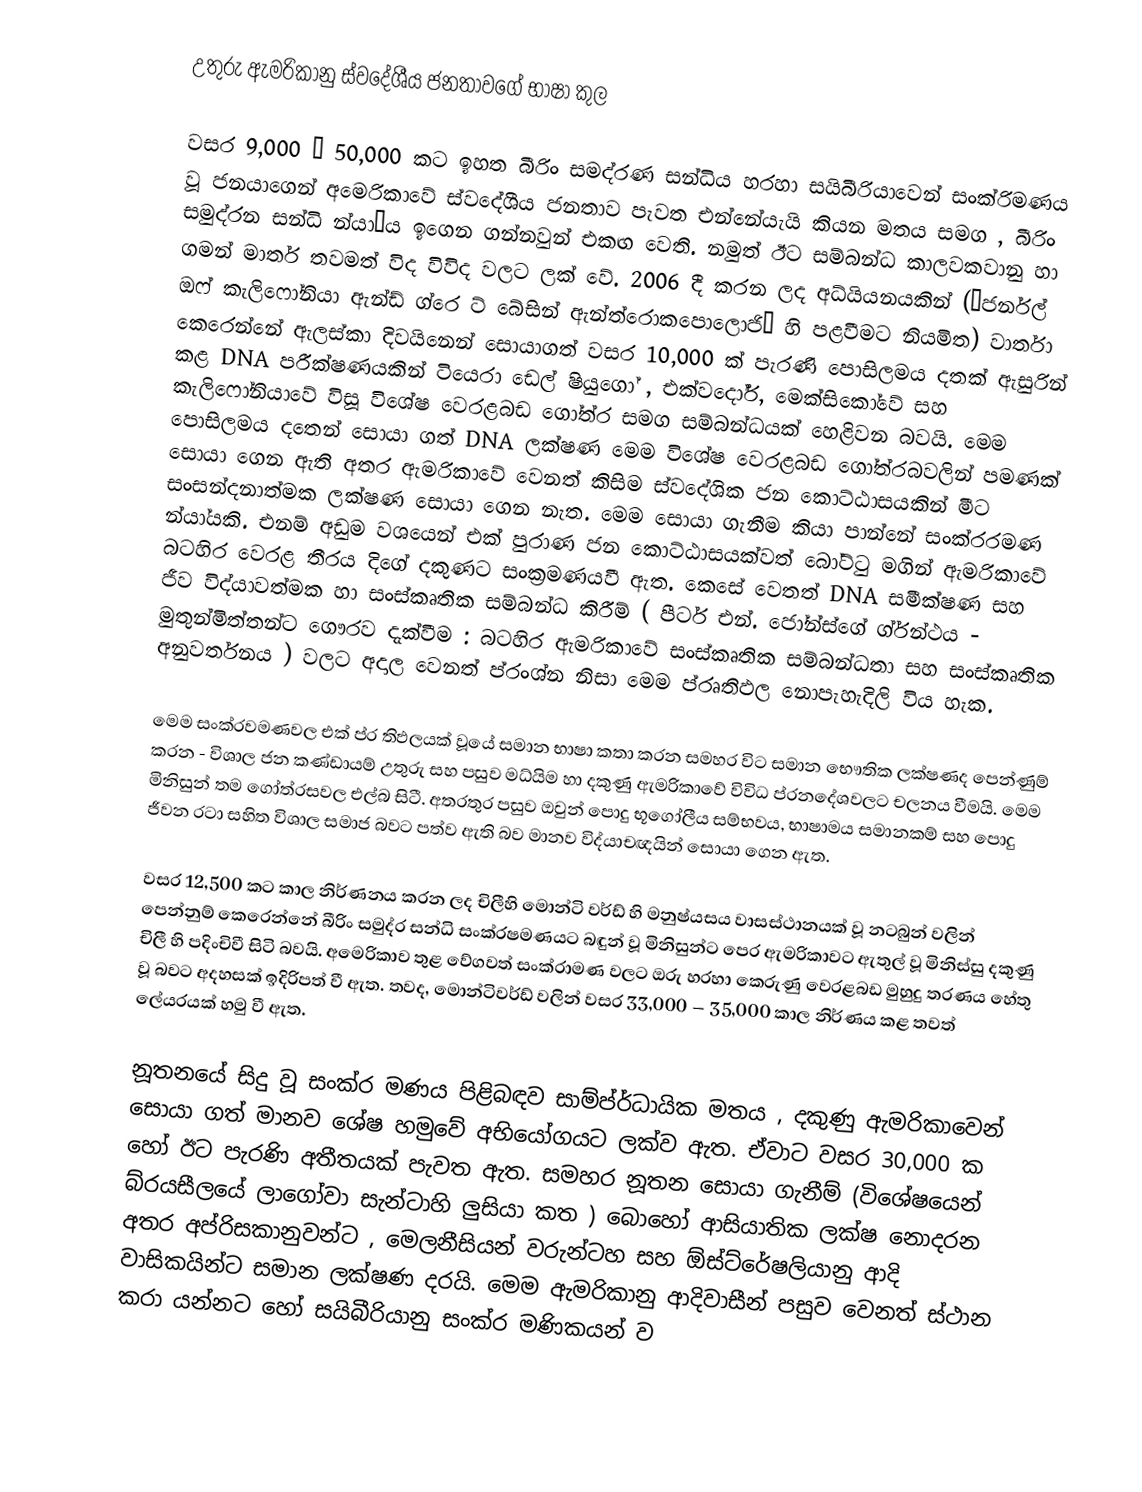
උතුරු ඇමරිකානු ස්වදේශීය ජනතාවගේ භාෂා කුල

වසර 9,000 – 50,000 කට ඉහත බීරිං සමද්රණ සන්ධිය හරහා සයිබීරියාවෙන් සංක්රිමණය වූ ජනයාගෙන් අමෙරිකාවේ ස්වදේශීය ජනතාව පැවත එන්නේයැයි කියන මතය සමග , බීරිං සමුද්රන සන්ධි න්යා–ය ඉගෙන ගන්නවුන් එකඟ වෙති. නමුත් ඊට සම්බන්ධ කාලවකවානු හා ගමන් මාර්ත තවමත් විද විවිද වලට ලක් වේ. 2006 දී කරන ලද අධ්යියනයකින් (“ජර්නල් ඔෆ් කැලිෆෝනියා ඇන්ඩ් ග්රෙ ට් බේසින් ඇන්ත්රොකපොලොජි” හි පළවීමට නියමිත) වාර්තා කෙරෙන්නේ ඇලස්කා දිවයිනෙන් සොයාගත් වසර 10,000 ක් පැරණි පොසිලමය දතක් ඇසුරින් කළ DNA පරීක්ෂණයකින් ටියෙරා ඩෙල් ෂියුගෝ , එක්වදෝර්, මෙක්සිකෝවේ සහ කැලිෆෝනියාවේ විසූ විශේෂ වෙරළබඩ ගෝත්ර  සමග සම්බන්ධයක් හෙළිවන බවයි. මෙම පොසිලමය දතෙන් සොයා ගත් DNA ලක්ෂණ මෙම විශේෂ වෙරළබඩ ගෝත්රබවලින් පමණක් සොයා ගෙන ඇති අතර ඇමරිකාවේ වෙනත් කිසිම ස්වදේශික ජන කොට්ඨාසයකින් මීට සංසන්දනාත්මක ලක්ෂණ සොයා ගෙන නැත. මෙම සොයා ගැනීම කියා පාන්නේ සංක්රරමණ න්යා්යකි. එනම් අඩුම වශයෙන් එක් පුරාණ ජන කොට්ඨාසයක්වත් බෝට්ටු මගින් ඇමරිකාවේ බටහිර වෙරළ තීරය දිගේ දකුණට සංක්‍රමණයවී ඇත. කෙසේ වෙතත් DNA සමීක්ෂණ සහ ජීව විද්යාවත්මක හා සංස්කෘතික සම්බන්ධ කිරීම් ( පීටර් එන්. ජෝන්ස්ගේ ග්ර්න්ථය - මුතුන්මිත්තන්ට ගෞරව දැක්වීම : බටහිර ඇමරිකාවේ සංස්කෘතික සම්බන්ධතා සහ සංස්කෘතික අනුවර්තනය ) වලට අදාල වෙනත් ප්රංශ්න නිසා මෙම ප්රෘතිඵල නොපැහැදිලි විය හැක.

මෙම සංක්රවමණවල එක් ප්ර තිඵලයක් වූයේ සමාන භාෂා කතා කරන සමහර විට සමාන භෞතික ලක්ෂණද පෙන්ණුම් කරන - විශාල ජන කණ්ඩායම් උතුරු සහ පසුව මධ්යිම හා දකුණු ඇමරිකාවේ විවිධ ප්රනදේශවලට චලනය වීමයි. මෙම මිනිසුන් තම ගෝත්රසවල එල්බ සිටී. අතරතුර පසුව ඔවුන් පොදු භූගෝලීය සම්භවය, භාෂාමය සමානකම් සහ පොදු ජීවන රටා සහිත විශාල සමාජ බවට පත්ව ඇති බව මානව විද්යාචඥයින් සොයා ගෙන ඇත.

වසර 12,500 කට කාල නිර්ණනය කරන ලද  චිලීහි මොන්ටි වර්ඩ් හි මනුෂ්යසය වාසස්ථානයක් වූ නටබුන් වලින් පෙන්නුම් කෙරෙන්නේ බීරිං සමුද්ර  සන්ධි සංක්රෂමණයට බඳුන් වූ මිනිසුන්ට පෙර ඇමරිකාවට ඇතුල් වූ මිනිස්සු දකුණු චිලී හි පදිංචිවී සිටි බවයි. අමෙරිකාව තුළ වේගවත් සංක්රාමණ වලට ඔරු හරහා කෙරුණු වෙරළබඩ මුහුදු තරණය හේතු වූ බවට අදහසක් ඉදිරිපත් වී ඇත. තවද, මොන්ටිවර්ඩ් වලින් වසර 33,000 – 35,000 කාල නිර්ණය කළ තවත් ලේයරයක් හමු වී ඇත.

නූතනයේ සිදු වූ සංක්ර මණය පිළිබඳව සාම්ප්ර්ධායික මතය , දකුණු ඇමරිකාවෙන් සොයා ගත් මානව ශේෂ හමුවේ අභියෝගයට ලක්ව ඇත. ඒවාට වසර 30,000 ක හෝ ඊට පැරණි අතීතයක් පැවත ඇත. සමහර නූතන සොයා ගැනීම් (විශේෂයෙන් බ්රයසීලයේ ලාගෝවා සැන්ටාහි ලුසියා කත ) බොහෝ ආසියාතික ලක්ෂ නොදරන අතර අප්රිසකානුවන්ට , මෙලනීසියන් වරුන්ටහ සහ ඕස්ට්රේෂලියානු ආදි වාසිකයින්ට  සමාන ලක්ෂණ දරයි. මෙම ඇමරිකානු ආදිවාසීන් පසුව වෙනත් ස්ථාන කරා යන්නට හෝ  සයිබීරියානු සංක්ර මණිකයන් ව